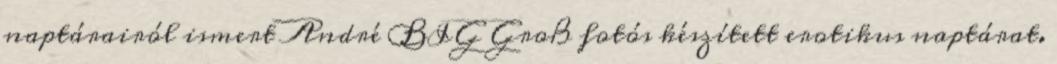
naptárairól ismert André BIG Groß fotós készített erotikus naptárat.